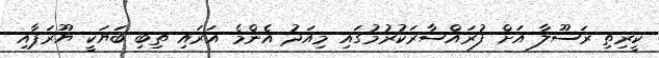
ކީރިތި ރަސޫލާ އަށް ފުރައްސާރަކުރުމުގައި މިއަދު އެންމެ އަރައި ތިބި ބަޔަކީ ޔޫރަޕާއި